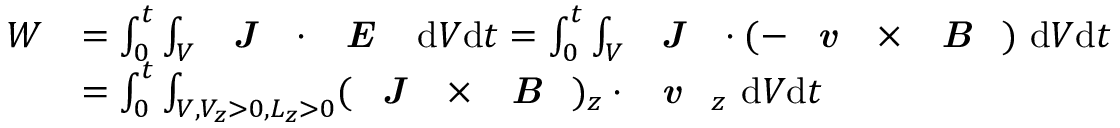
\begin{array} { r l } { W } & { = \int _ { 0 } ^ { t } \int _ { V } \textbf { \emph { J } } \cdot \textbf { \emph { E } } ~ \mathrm { d } V \mathrm { d } t = \int _ { 0 } ^ { t } \int _ { V } \textbf { \emph { J } } \cdot ( - \textbf { \emph { v } } \times \textbf { \emph { B } } ) ~ \mathrm { d } V \mathrm { d } t } \\ & { = \int _ { 0 } ^ { t } \int _ { V , V _ { z } > 0 , L _ { z } > 0 } ( \textbf { \emph { J } } \times \textbf { \emph { B } } ) _ { z } \cdot \textbf { \emph { v } } _ { z } ~ \mathrm { d } V \mathrm { d } t } \end{array}